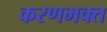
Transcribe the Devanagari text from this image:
करणभक्त